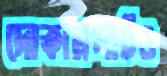
দোকানপাটও